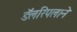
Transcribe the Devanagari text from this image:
डॅलरिंपलाने